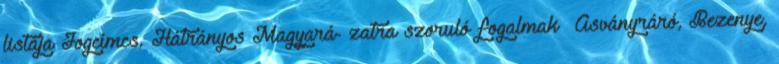
listája Jogcímcs. Hátrányos Magyará- zatra szoruló fogalmak ▪Ásványráró, Bezenye,